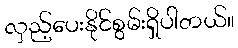
လှည့်ပေးနိုင်စွမ်းရှိပါတယ်။